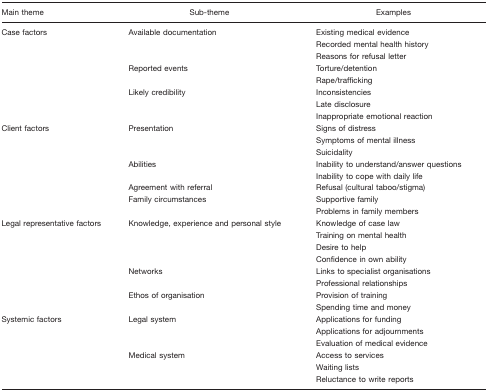
| Main theme | Sub-theme | Examples |
 | --- | --- | --- |
 | Case factors | Available documentation | Existing medical evidence |
 |  |  | Recorded mental health history |
 |  |  | Reasons for refusal letter |
 |  | Reported events | Torture/detention |
 |  |  | Rape/trafficking |
 |  | Likely credibility | Inconsistencies |
 |  |  | Late disclosure |
 |  |  | Inappropriate emotional reaction |
 | Client factors | Presentation | Signs of distress |
 |  |  | Symptoms of mental illness |
 |  |  | Suicidality |
 |  | Abilities | Inability to understand/answer questions |
 |  |  | Inability to cope with daily life |
 |  | Agreement with referral | Refusal (cultural taboo/stigma) |
 |  | Family circumstances | Supportive family |
 |  |  | Problems in family members |
 | Legal representative factors | Knowledge, experience and personal style | Knowledge of case law |
 |  |  | Training on mental health |
 |  |  | Desire to help |
 |  |  | Confidence in own ability |
 |  | Networks | Links to specialist organisations |
 |  |  | Professional relationships |
 |  | Ethos of organisation | Provision of training |
 |  |  | Spending time and money |
 | Systemic factors | Legal system | Applications for funding |
 |  |  | Applications for adjournments |
 |  |  | Evaluation of medical evidence |
 |  | Medical system | Access to services |
 |  |  | Waiting lists |
 |  |  | Reluctance to write reports |